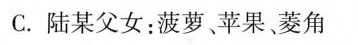
C.陆某父女：菠萝。苹果、菱角